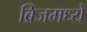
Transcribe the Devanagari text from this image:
ब्रिजमध्ये